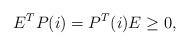
LaTeX: \begin{align*}E^TP(i)=P^T(i)E\geq 0,\end{align*}